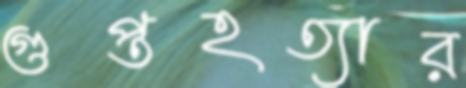
গুপ্তহত্যার